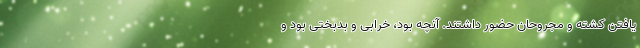
یافتنِ کشته و مجروحان حضور داشتند. آنچه بود، خرابی و بدبختی بود و